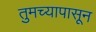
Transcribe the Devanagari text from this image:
तुमच्यापासून